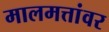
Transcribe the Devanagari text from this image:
मालमत्तांवर